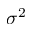
\sigma ^ { 2 }